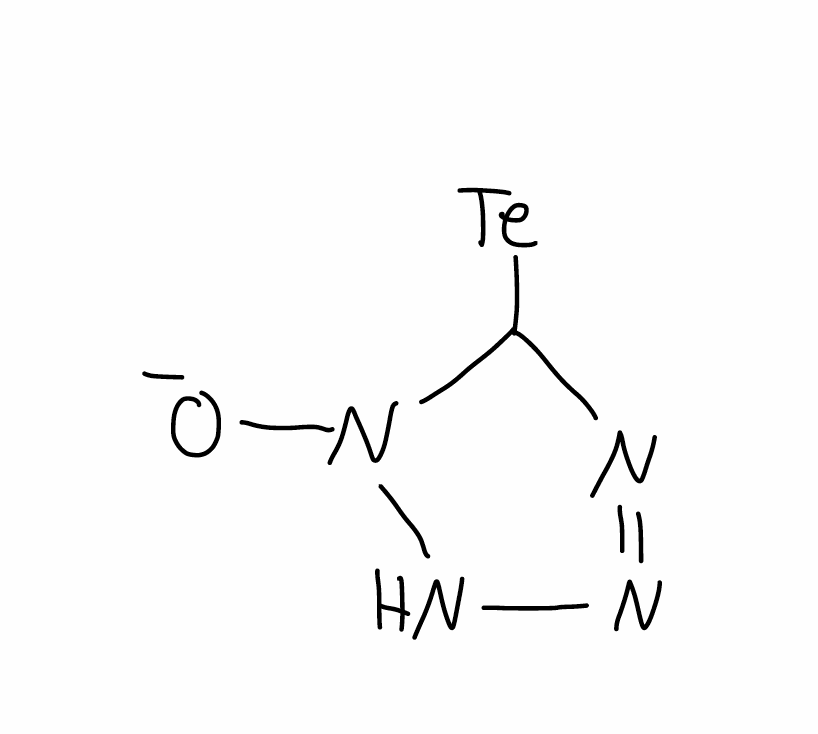
Simplified molecular-input line-entry system (SMILES) notation of the given molecule:
C1(N=NNN1[O-])[Te]